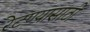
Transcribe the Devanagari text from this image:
रेटण्यासाठी